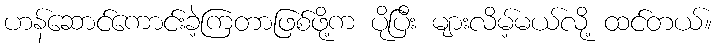
ဟန်ဆောင်ကောင်းခဲ့ကြတာဖြစ်ဖို့က ပိုပြီး များလိမ့်မယ်လို့ ထင်တယ်။